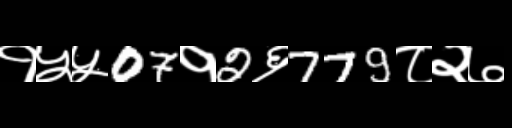
Text: १५५07१2६779८२७